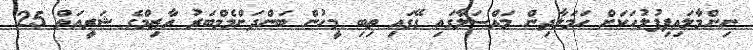
ނިންމާލައިފިފުލުހަކަށް ހަމަލާދިން މައްސަލާގައި ގޭގައި ތިބި މީހުން ބަންދަށްމެމްބަރު އާޒިމްގެ ޝަރީއަތް 25